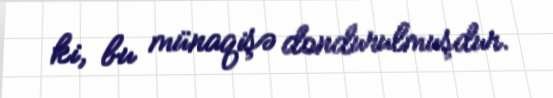
ki, bu münaqişə dondurulmuşdur.